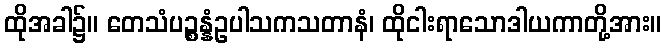
ထိုအခါ၌။ တေသံပဉ္စန္နံဥပါသကသတာနံ၊ ထိုငါးရာသောဒါယကာတို့အား။